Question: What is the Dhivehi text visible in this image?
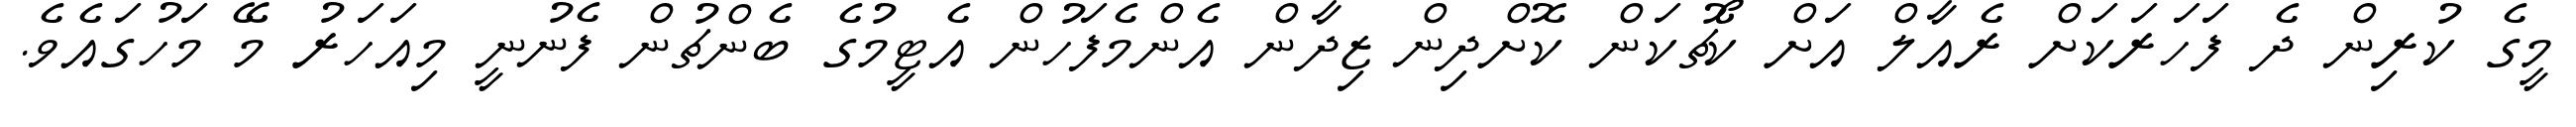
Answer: މީގެ ކުރިން ދެ ފަހަރަކަށް ރެއާލް އަށް ކޯޗުކަން ކޮށްދިން ޒިދާން އެންމެފަހުން އެޓީމުގެ ބެންޗުން ފެނުނީ މިއަހަރު މޭ މަހުގައެވެ.